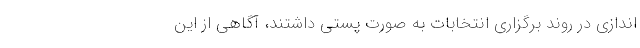
اندازی در روند برگزاری انتخابات به صورت پستی داشتند، آگاهی از این